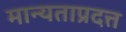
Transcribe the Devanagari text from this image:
मान्यताप्रदत्त